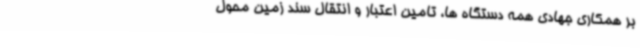
بر همکاری جهادی همه دستگاه ها، تامین اعتبار و انتقال سند زمین محول